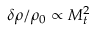
\delta \rho / \rho _ { 0 } \propto M _ { t } ^ { 2 }